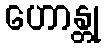
ဟောန္တု